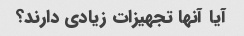
آیا آنها تجهیزات زیادی دارند؟